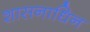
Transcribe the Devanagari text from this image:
शासनाधिन